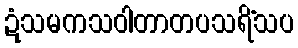
ဍံသမကသဝါတာတပသရိံသပ